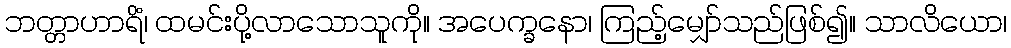
ဘတ္တာဟာရိံ၊ ထမင်းပို့လာသောသူကို။ အပေက္ခနော၊ ကြည့်မျှော်သည်ဖြစ်၍။ သာလိယော၊